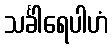
သင်္ခါရေပါဟံ